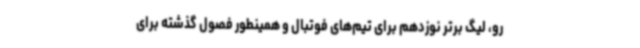
رو، لیگ برتر نوزدهم برای تیم‌های فوتبال و همینطور فصول گذشته برای